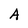
Character: A